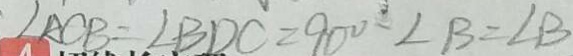
\angle A C B = \angle B D C = 9 0 ^ { \circ } - \angle B = \angle B